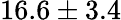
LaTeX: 16.6\pm 3.4